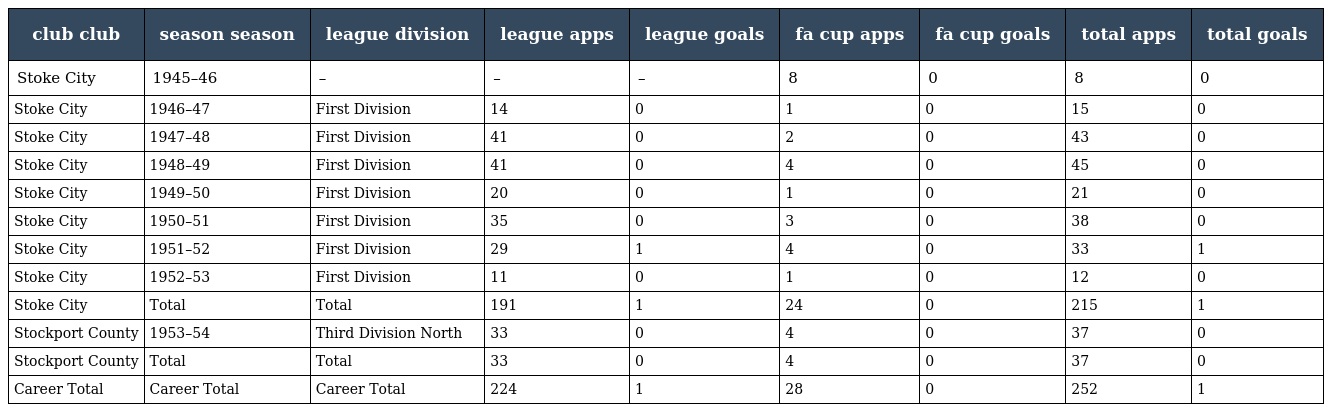
| club club | season season | league division | league apps | league goals | fa cup apps | fa cup goals | total apps | total goals |
 | --- | --- | --- | --- | --- | --- | --- | --- | --- |
 | Stoke City | 1945–46 | – | – | – | 8 | 0 | 8 | 0 |
 | Stoke City | 1946–47 | First Division | 14 | 0 | 1 | 0 | 15 | 0 |
 | Stoke City | 1947–48 | First Division | 41 | 0 | 2 | 0 | 43 | 0 |
 | Stoke City | 1948–49 | First Division | 41 | 0 | 4 | 0 | 45 | 0 |
 | Stoke City | 1949–50 | First Division | 20 | 0 | 1 | 0 | 21 | 0 |
 | Stoke City | 1950–51 | First Division | 35 | 0 | 3 | 0 | 38 | 0 |
 | Stoke City | 1951–52 | First Division | 29 | 1 | 4 | 0 | 33 | 1 |
 | Stoke City | 1952–53 | First Division | 11 | 0 | 1 | 0 | 12 | 0 |
 | Stoke City | Total | Total | 191 | 1 | 24 | 0 | 215 | 1 |
 | Stockport County | 1953–54 | Third Division North | 33 | 0 | 4 | 0 | 37 | 0 |
 | Stockport County | Total | Total | 33 | 0 | 4 | 0 | 37 | 0 |
 | Career Total | Career Total | Career Total | 224 | 1 | 28 | 0 | 252 | 1 |